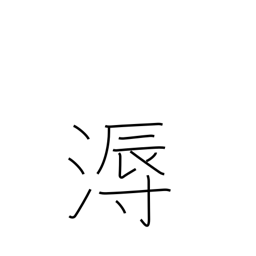
Meaning: humid